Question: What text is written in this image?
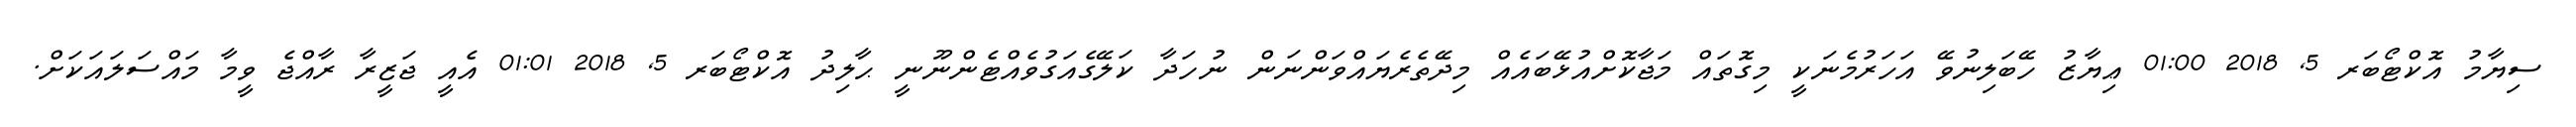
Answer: ސިޔާމު އޮކްޓޯބަރ 5, 2018 01:00 ޢިޔާޒު ހޭބަލިނުވޭ އަހަރުމެނަކީ މިގޮތައް މަޖާކޮށްއުޅޭބައެއް މިދޭތެރެޔައްވަންނަން ނުހަދާ ކަލޭގެއަގުވެއްޓެންނޫނީ ޙާލިދު އޮކްޓޯބަރ 5, 2018 01:01 އެއީ ޖަޒީރާ ރާއްޖެ ވީމާ މައްސަލައަކަށް.